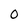
Character: 0